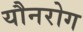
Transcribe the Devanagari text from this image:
यौनरोग